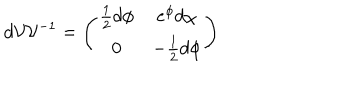
LaTeX: d { \cal { V } } { \cal { V } } ^ { - 1 } = \left( \begin{array} { c c } { { \frac { 1 } { 2 } d \phi } } & { { e ^ { \phi } d \chi } } \\ { { 0 } } & { { - \frac { 1 } { 2 } d \phi } } \\ \end{array} \right)